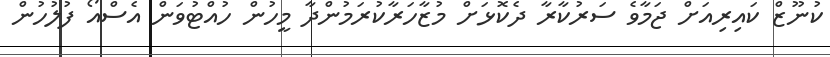
ކުނޫޒް ކައިރިއަށް ޖަމާވެ ސަރުކާރާ ދެކޮޅަށް މުޒާހަރާކުރަމުންދާ މީހުން ހުއްޓުވަން އެސްއޯ ފުލުހުން